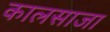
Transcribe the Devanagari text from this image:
कालसाजा